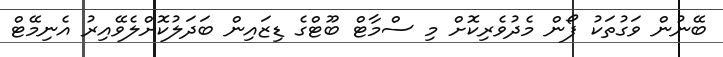
ބޭނުން ވަގުތަކު ފޯން މެދުވެރިކޮށް މި ސްމާޓް ބޫޓްގެ ޑިޒައިން ބަދަލުކޮށްލެވޭއިރު އެނިމޭޓް